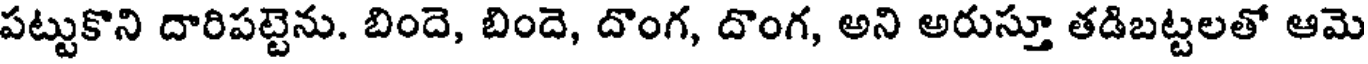
పట్టుకొని దారిపట్టెను. బిందె, బిందె, దొంగ, దొంగ, అని అరుస్తూ తడిబట్టలతో ఆమె